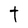
Character: t